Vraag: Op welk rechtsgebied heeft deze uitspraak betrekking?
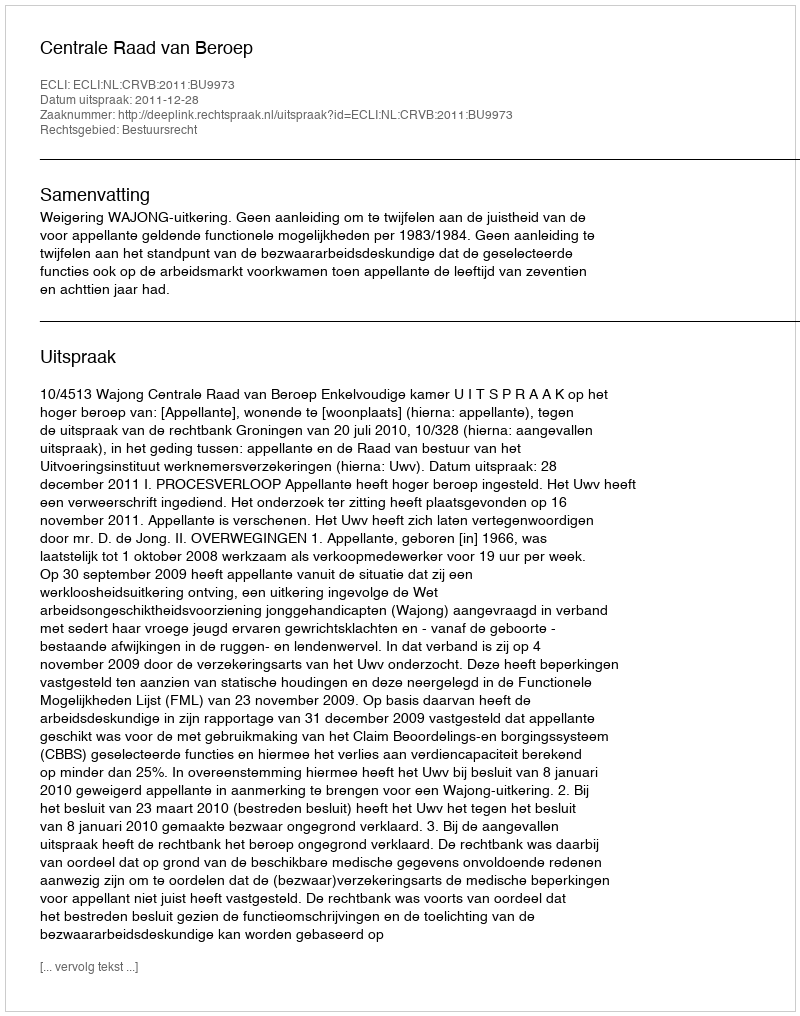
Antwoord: Bestuursrecht